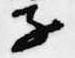
子